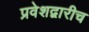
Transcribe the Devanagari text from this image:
प्रवेशद्वारीच